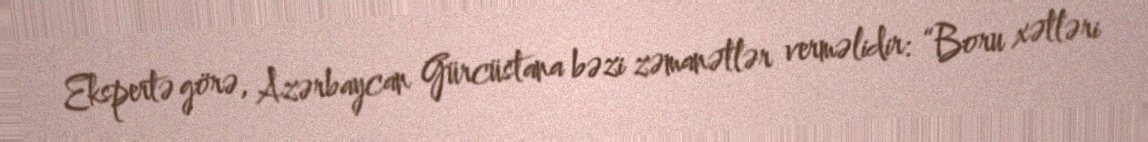
Ekspertə görə, Azərbaycan Gürcüstana bəzi zəmanətlər verməlidir: “Boru xətləri